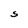
Character: S